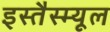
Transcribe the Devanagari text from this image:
इस्तैस्म्यूल